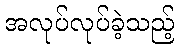
အလုပ်လုပ်ခဲ့သည့်